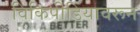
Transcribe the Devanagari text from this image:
विकिपीडियावरून